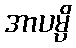
အာပမ္ပိ